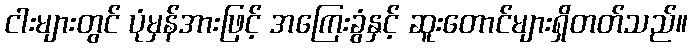
ငါးများတွင် ပုံမှန်အားဖြင့် အကြေးခွံနှင့် ဆူးတောင်များရှိတတ်သည်။